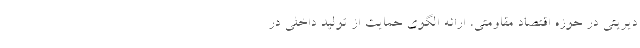
دیریتی در حوزه اقتصاد مقاومتی، ارائه الگوی حمایت از تولید داخلی در